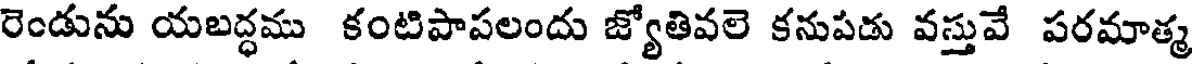
రెండును యబద్ధము కంటిపాపలందు జ్యోతివలె కనుపడు వస్తువే పరమాత్మ